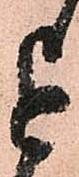
を